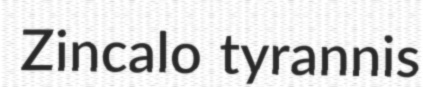
Zincalo tyrannis